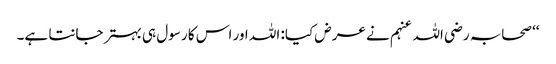
‘‘ صحابہ رضی اللہ عنہم نے عرض کیا: اللہ اور اس کا رسول ہی بہتر جانتا ہے۔